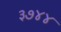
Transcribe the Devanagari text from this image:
३७४४